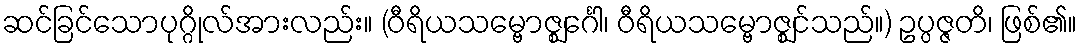
ဆင်ခြင်သောပုဂ္ဂိုလ်အားလည်း။ (ဝီရိယသမ္ဗောဇ္ဈင်္ဂေါ၊ ဝီရိယသမ္ဗောဇ္ဈင်သည်။) ဥပ္ပဇ္ဇတိ၊ ဖြစ်၏။